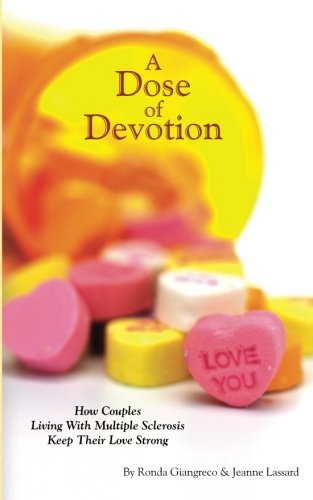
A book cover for A Dose of Devotion: How Couples Living With Multiple Sclerosis Keep Their Love Strong; Ronda Giangreco; Health, Fitness & Dieting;